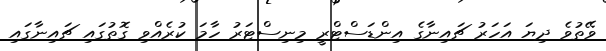
ވޭތުވެ ދިޔަ އަހަރު ޗައިނާގެ އިންޑަސްޓްރީ މިނިސްޓަރު ހާމަ ކުރެއްވި ގޮތުގައި ޗައިނާގައި